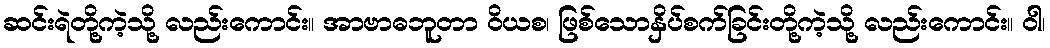
ဆင်းရဲတို့ကဲ့သို့ လည်းကောင်း။ အာဗာဓဘူတာ ဝိယစ၊ ဖြစ်သောနှိပ်စက်ခြင်းတို့ကဲ့သို့ လည်းကောင်း။ ဝါ၊